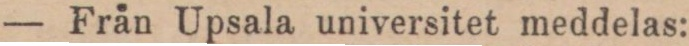
— Från Upsala universitet meddelas: